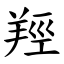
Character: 羥